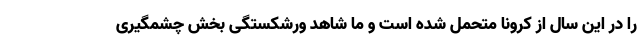
را در این سال از کرونا متحمل شده است و ما شاهد ورشکستگی بخش چشمگیری